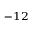
^ { - 1 2 }